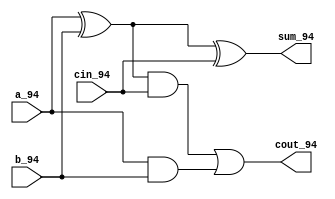
`timescale 1ns / 1ps
//////////////////////////////////////////////////////////////////////////////////
// Company: 
// Engineer: 
// 
// Design Name: 
// Module Name: lab2_part3b
// Project Name: 
// Target Devices: 
// Tool Versions: 
// Description: 
// 
// Dependencies: 
// 
// Revision:
// Revision 0.01 - File Created
// Additional Comments:
// 
//////////////////////////////////////////////////////////////////////////////////


module fulladd_dataflow(sum_94, cout_94 , a_94, b_94, cin_94

    );
    
    input  a_94, b_94, cin_94;
    output  sum_94, cout_94;
    
    assign sum_94 =  a_94^b_94^cin_94;
    assign cout_94 = ((a_94^b_94)&cin_94)|(a_94&b_94);
    
    
endmodule